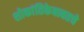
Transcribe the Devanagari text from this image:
शोकांतिकेबाबतचे